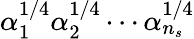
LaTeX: \alpha_{1}^{1/4}\alpha_{2}^{1/4}\cdots\alpha_{n_{s}}^{1/4}